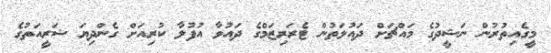
މީގެއިތުރުން ނަޝީދުގެ މައްޗަށް ދައުލަތުން ޓެރަރިޒަމްގެ ދައުވާ އުފުލާ ކުރިއަށް ގެންދިޔަ ޝަރީއަތުގެ